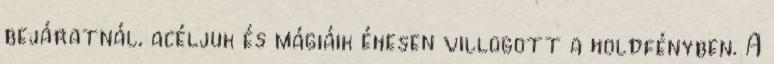
bejáratnál, acéljuk és mágiáik éhesen villogott a holdfényben. A